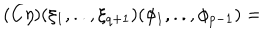
( C \eta ) ( \xi _ { 1 } , . . , \xi _ { q + 1 } ) ( \phi _ { 1 } , . . , \phi _ { p - 1 } ) =